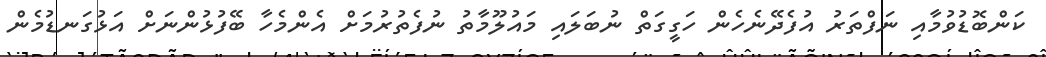
ކަންބޮޑުވުމާއި ނަފްތަރު އުފެދޭނެހެން ހަގީގަތް ނުބަލައި މައުލޫމާތު ނުފެތުރުމަށް އެންމެހާ ބޭފުޅުންނަށް އަޅުގަނޑުމެން